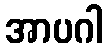
အာပဂါ